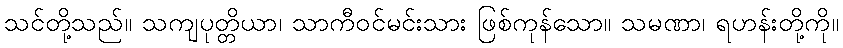
သင်တို့သည်။ သကျပုတ္တိယာ၊ သာကီဝင်မင်းသား ဖြစ်ကုန်သော။ သမဏာ၊ ရဟန်းတို့ကို။